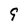
Character: 9